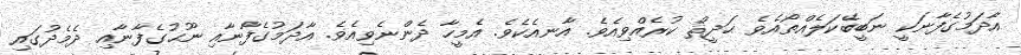
އާދަމުގެފާނަކީ ނަބީބޭކަލެއްތޯއެވެ ޙަދީޘް ކުރެއްވިއެވެ. އާނއެކެވެ. އެމީހާ ދެންނެވިއެވެ. އާދަމުގެފާނާއި ނޫޙުގެފާނާއި ދެމެދުގައި